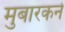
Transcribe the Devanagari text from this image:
मुबारकने